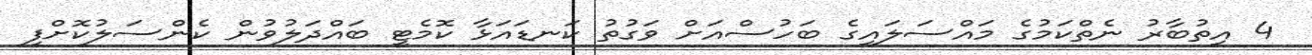
4 އިތުބާރު ނެތްކަމުގެ މައްސަލައިގެ ބަހުސްއަށް ވަގުތު ކަނޑައަޅާ ކޮމެޓީ ބައްދަލުވުން ކެންސަލުކޮށްފި